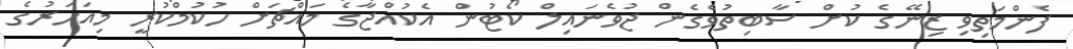
ފެންމަތިވި ޒިނޭގެ ކުށް ސާބިތުވެގެން ޖުވެނައިލް ކޯޓުން އެކުއްޖާގެ މައްޗަށް ހުކުމްކުރީ މިއަހަރުގެ